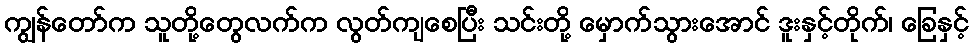
ကျွန်တော်က သူတို့တွေလက်က လွတ်ကျစေပြီး သင်းတို့ မှောက်သွားအောင် ဒူးနှင့်တိုက်၊ ခြေနှင့်